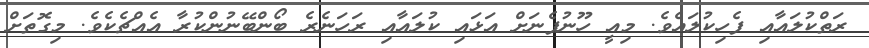
ރަތްކުލައާއި ފެހިކުލައެވެ. މިއީ ހޫނުފެނަށް އަޅައި ކުލައާއި ރަހަނެރެ ބޯންބޭނުންކުރާ އެއްޗެކެވެ. މިގޮތަށް